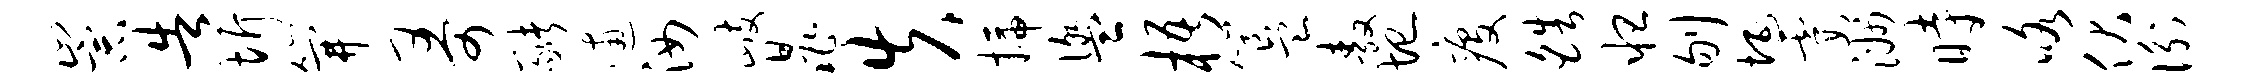
崇告圻笄哥猪逋汝歧晁失插盥梧簋敖圮疫皓怛刎埏霞洲时咯伏衡